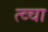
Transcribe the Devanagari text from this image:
त्व्चा